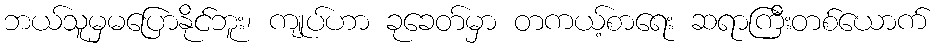
ဘယ်သူမှမပြောနိုင်ဘူး၊ ကျုပ်ဟာ ခုခေတ်မှာ တကယ့်စာရေး ဆရာကြီးတစ်ယောက်